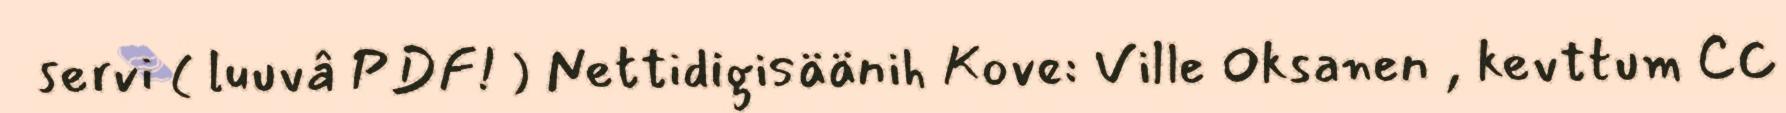
servi ( luuvâ PDF! ) Nettidigisäänih Kove: Ville Oksanen , kevttum CC